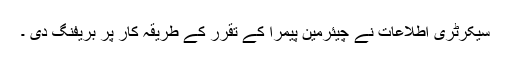
سیکرٹری اطلاعات نے چیئرمین پیمرا کے تقرر کے طریقہ کار پر بریفنگ دی ۔